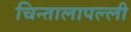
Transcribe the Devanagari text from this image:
चिन्तालापल्ली